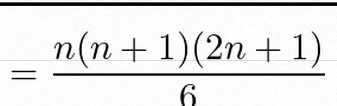
\sum_{i=1}^{n}i^2=\frac{n(n+1)(2n+1)}6